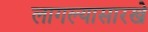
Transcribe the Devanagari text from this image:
लागल्यासारखे